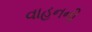
વાહનની